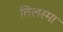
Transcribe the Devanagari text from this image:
तिलस्मा